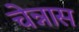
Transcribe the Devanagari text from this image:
चेन्नास